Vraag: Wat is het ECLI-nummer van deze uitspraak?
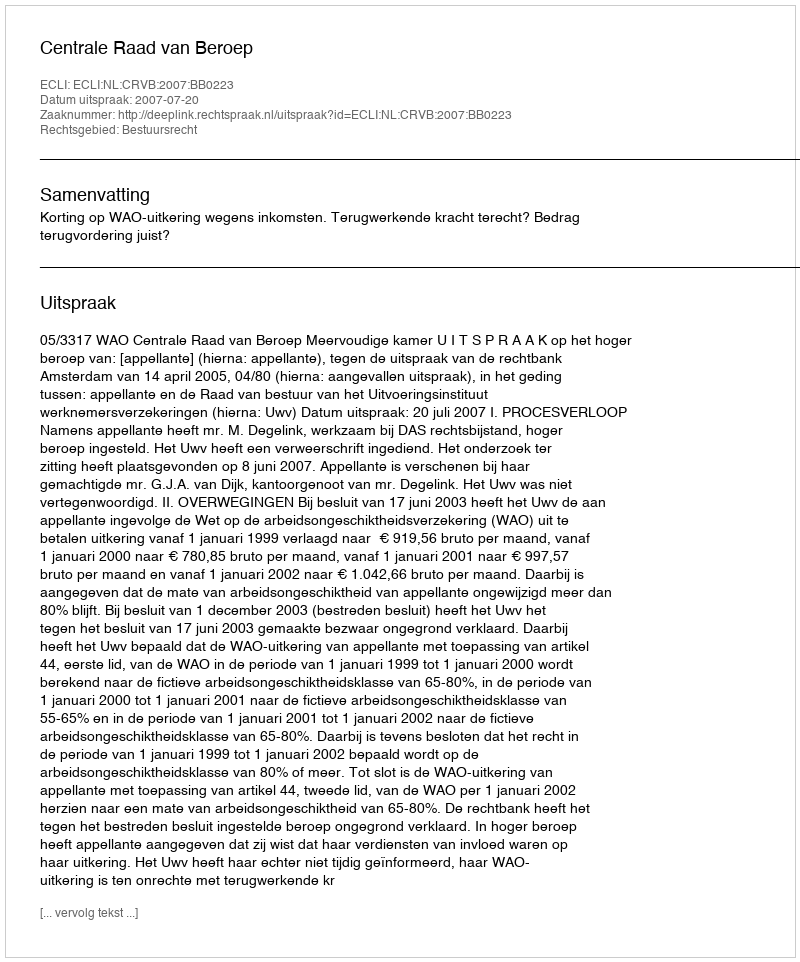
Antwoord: ECLI:NL:CRVB:2007:BB0223